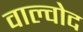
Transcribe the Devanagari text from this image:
वाल्वोद